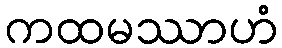
ကထမဿာဟံ